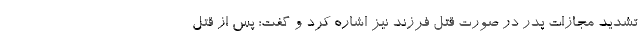
تشدید مجازات پدر در صورت قتل فرزند نیز اشاره کرد و گفت: پس از قتل